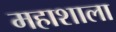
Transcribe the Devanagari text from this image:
महाशाला